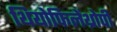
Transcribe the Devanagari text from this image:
थियोफिलेंथ्रोपी